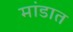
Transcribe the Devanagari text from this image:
मांडात